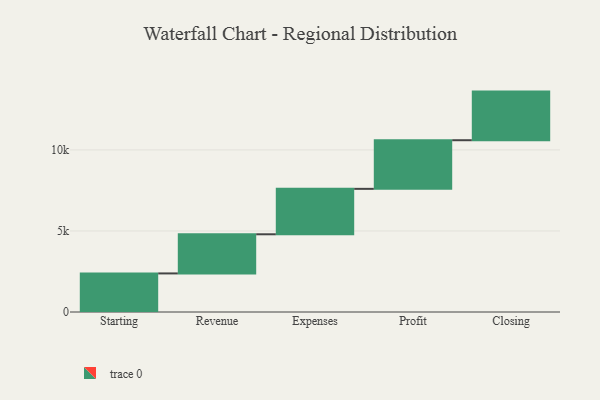
{"axis": {"x": "Step", "y": "Value"}, "legend": [""], "data": [{"x": "Starting", "y": 2380.0, "type": ""}, {"x": "Revenue", "y": 2415.0, "type": ""}, {"x": "Expenses", "y": 2803.0, "type": ""}, {"x": "Profit", "y": 3000, "type": ""}, {"x": "Closing", "y": 3000, "type": ""}]}